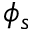
\phi _ { s }